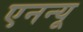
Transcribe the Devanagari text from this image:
एनन्यू